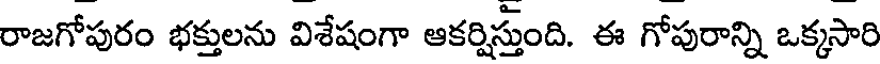
రాజగోపురం భక్తులను విశేషంగా ఆకర్షిస్తుంది. ఈ గోపురాన్ని ఒక్కసారి